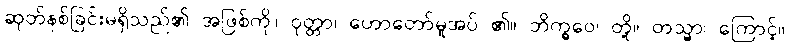
ဆုတ်နစ်ခြင်းမရှိသည်၏ အဖြစ်ကို။ ဝုတ္တာ၊ ဟောတော်မူအပ် ၏။ ဘိက္ခဝေ၊ တို့။ တသ္မာ၊ ကြောင့်။